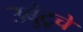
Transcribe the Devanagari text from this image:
उबुंटूचे